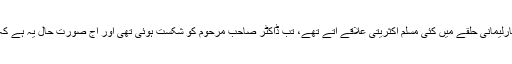
واضح رہے کہ بائیس سال قبل جب جنوب وسطی ممبئی کے پارلیمانی حلقے میں کئی مسلم اکثریتی علاقے آتے تھے، تب ڈاکٹر صاحب مرحوم کو شکست ہوئی تھی اور آج صورت حال یہ ہے کہ اس حلقے سے کئی مسلم اکثریتی علاقے کاٹ دیے گئے ہیں ۔